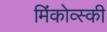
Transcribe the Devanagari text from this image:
मिंकोव्स्की